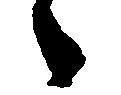
々